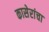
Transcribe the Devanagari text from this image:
कासेरांचा